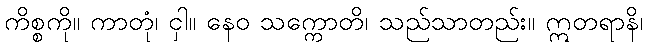
ကိစ္စကို။ ကာတုံ၊ ငှါ။ နေဝ သက္ကောတိ၊ သည်သာတည်း။ ဣတရာနိ၊